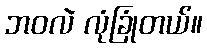
ဘဝလဲ လုံခြုံတယ်။